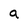
Character: a